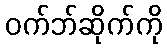
ဝက်ဘ်ဆိုက်ကို